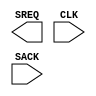
///////////////////////////////////////////////////////
//  Copyright (c) 1995/2006 Xilinx Inc.
//  All Right Reserved.
///////////////////////////////////////////////////////
//
//   ____   ___
//  /   /\/   / 
// /___/  \  /     Vendor      : Xilinx 
// \  \    \/      Version : 10.1
//  \  \           Description : 
//  /  /                      
// /__/   /\       Filename    : SUSPEND_SYNC.v
// \  \  /  \ 
//  \__\/\__ \                    
//                                 
///////////////////////////////////////////////////////

`timescale 1 ps / 1 ps 

module SUSPEND_SYNC (
  SREQ,
  CLK,
  SACK
);

  output SREQ;

  input CLK;
  input SACK;

endmodule